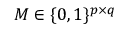
M \in \{ 0 , 1 \} ^ { p \times q }